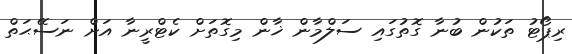
ރިޕޯޓު ތަކުން ބުނާ ގޮތުގައި ސަލްމާން ޚާން މިގޮތަށް ކެޓްރީނާ އަށް ނަސޭޙަތް